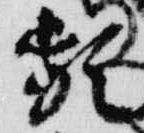
頻